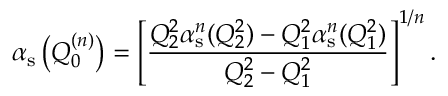
\alpha _ { \mathrm { s } } \left( Q _ { 0 } ^ { ( n ) } \right) = \left[ \frac { Q _ { 2 } ^ { 2 } \alpha _ { \mathrm { s } } ^ { n } ( Q _ { 2 } ^ { 2 } ) - Q _ { 1 } ^ { 2 } \alpha _ { \mathrm { s } } ^ { n } ( Q _ { 1 } ^ { 2 } ) } { Q _ { 2 } ^ { 2 } - Q _ { 1 } ^ { 2 } } \right] ^ { 1 / n } .